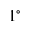
1 ^ { \circ }